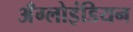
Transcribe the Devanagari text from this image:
अँग्लोइंडियन